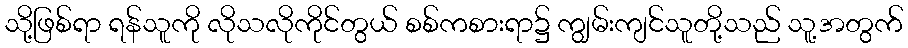
သို့ဖြစ်ရာ ရန်သူကို လိုသလိုကိုင်တွယ် စစ်ကစားရာ၌ ကျွမ်းကျင်သူတို့သည် သူ့အတွက်